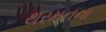
થરમનના